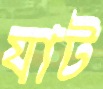
যাট